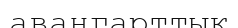
авангарттық